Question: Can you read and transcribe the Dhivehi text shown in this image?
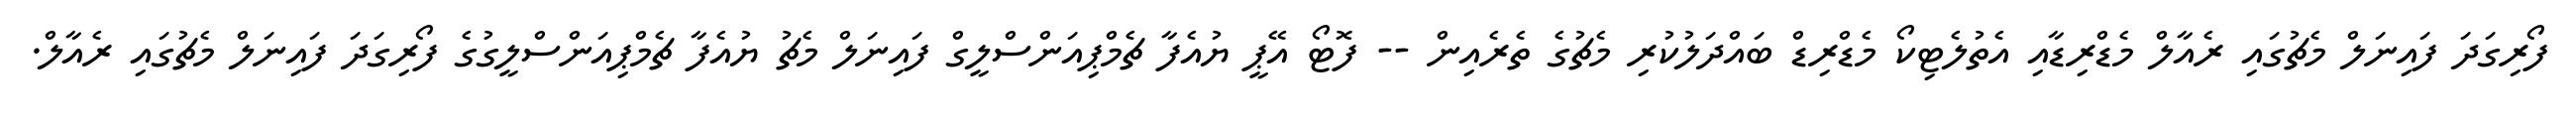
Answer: ފޯރިގަދަ ފައިނަލް މެޗުގައި ރެއާލް މެޑްރިޑާއި އެތުލެޓިކޯ މެޑްރިޑް ބައްދަލުކުރި މެޗުގެ ތެރެއިން -- ފޮޓޯ އޭޕީ ޔުއެފާ ޗެމްޕިއަންސްލީގް ފައިނަލް މެޗު ޔުއެފާ ޗެމްޕިއަންސްލީގުގެ ފޯރިގަދަ ފައިނަލް މެޗުގައި ރެއާލް.